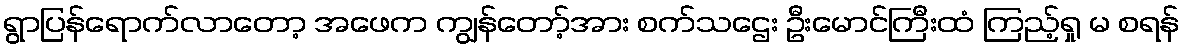
ရွာပြန်ရောက်လာတော့ အဖေက ကျွန်တော့်အား စက်သဌေး ဦးမောင်ကြီးထံ ကြည့်ရှု မ စရန်